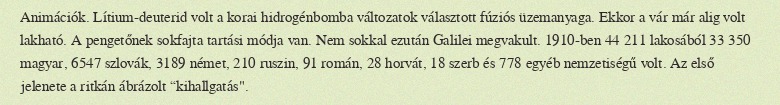
Animációk. Lítium-deuterid volt a korai hidrogénbomba változatok választott fúziós üzemanyaga. Ekkor a vár már alig volt lakható. A pengetőnek sokfajta tartási módja van. Nem sokkal ezután Galilei megvakult. 1910-ben 44 211 lakosából 33 350 magyar, 6547 szlovák, 3189 német, 210 ruszin, 91 román, 28 horvát, 18 szerb és 778 egyéb nemzetiségű volt. Az első jelenete a ritkán ábrázolt “kihallgatás".